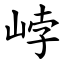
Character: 㟑